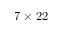
7 \times 2 2